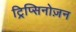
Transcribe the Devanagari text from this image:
ट्रिप्सिनोज़न